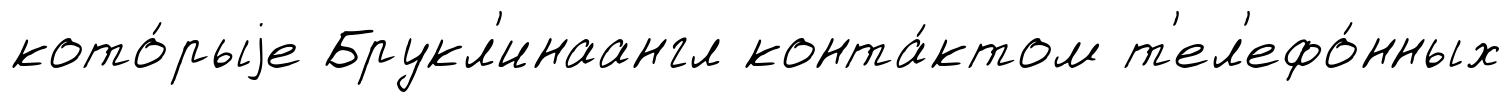
кото́рыjе Брукл'инаангл конта́ктом т'ел'ефо́нных